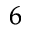
^ 6